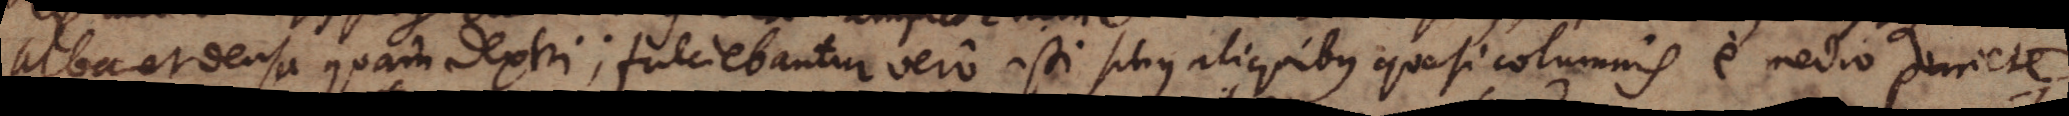
alba et densa quam dextri; fulciebantur vero isti sinus aliquibus quasi columnis e medio pariete